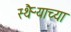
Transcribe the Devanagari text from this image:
स्थैऱ्याच्या